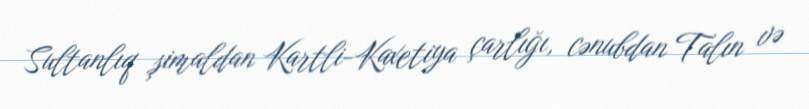
Sultanlıq şimaldan Kartli-Kaxetiya çarlığı, cənubdan Talın və